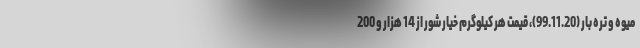
میوه و تره بار (99.11.20)، قیمت هر کیلوگرم خیار شور از 14 هزار و 200